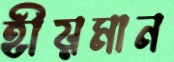
হীয়মান